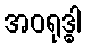
အဝရုဒ္ဓါ